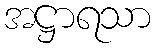
အဋ္ဌာရသာ